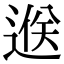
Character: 𨓵